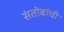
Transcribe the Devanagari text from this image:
संतोबांची